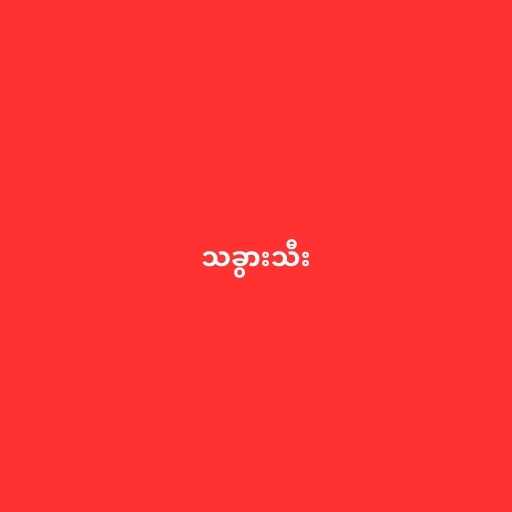
သခွားသီး